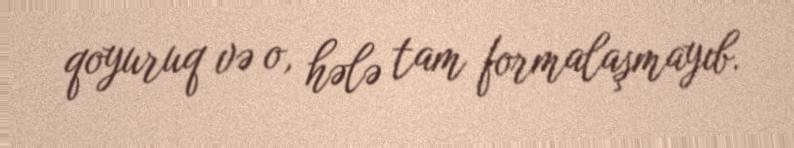
qoyuruq və o, hələ tam formalaşmayıb.